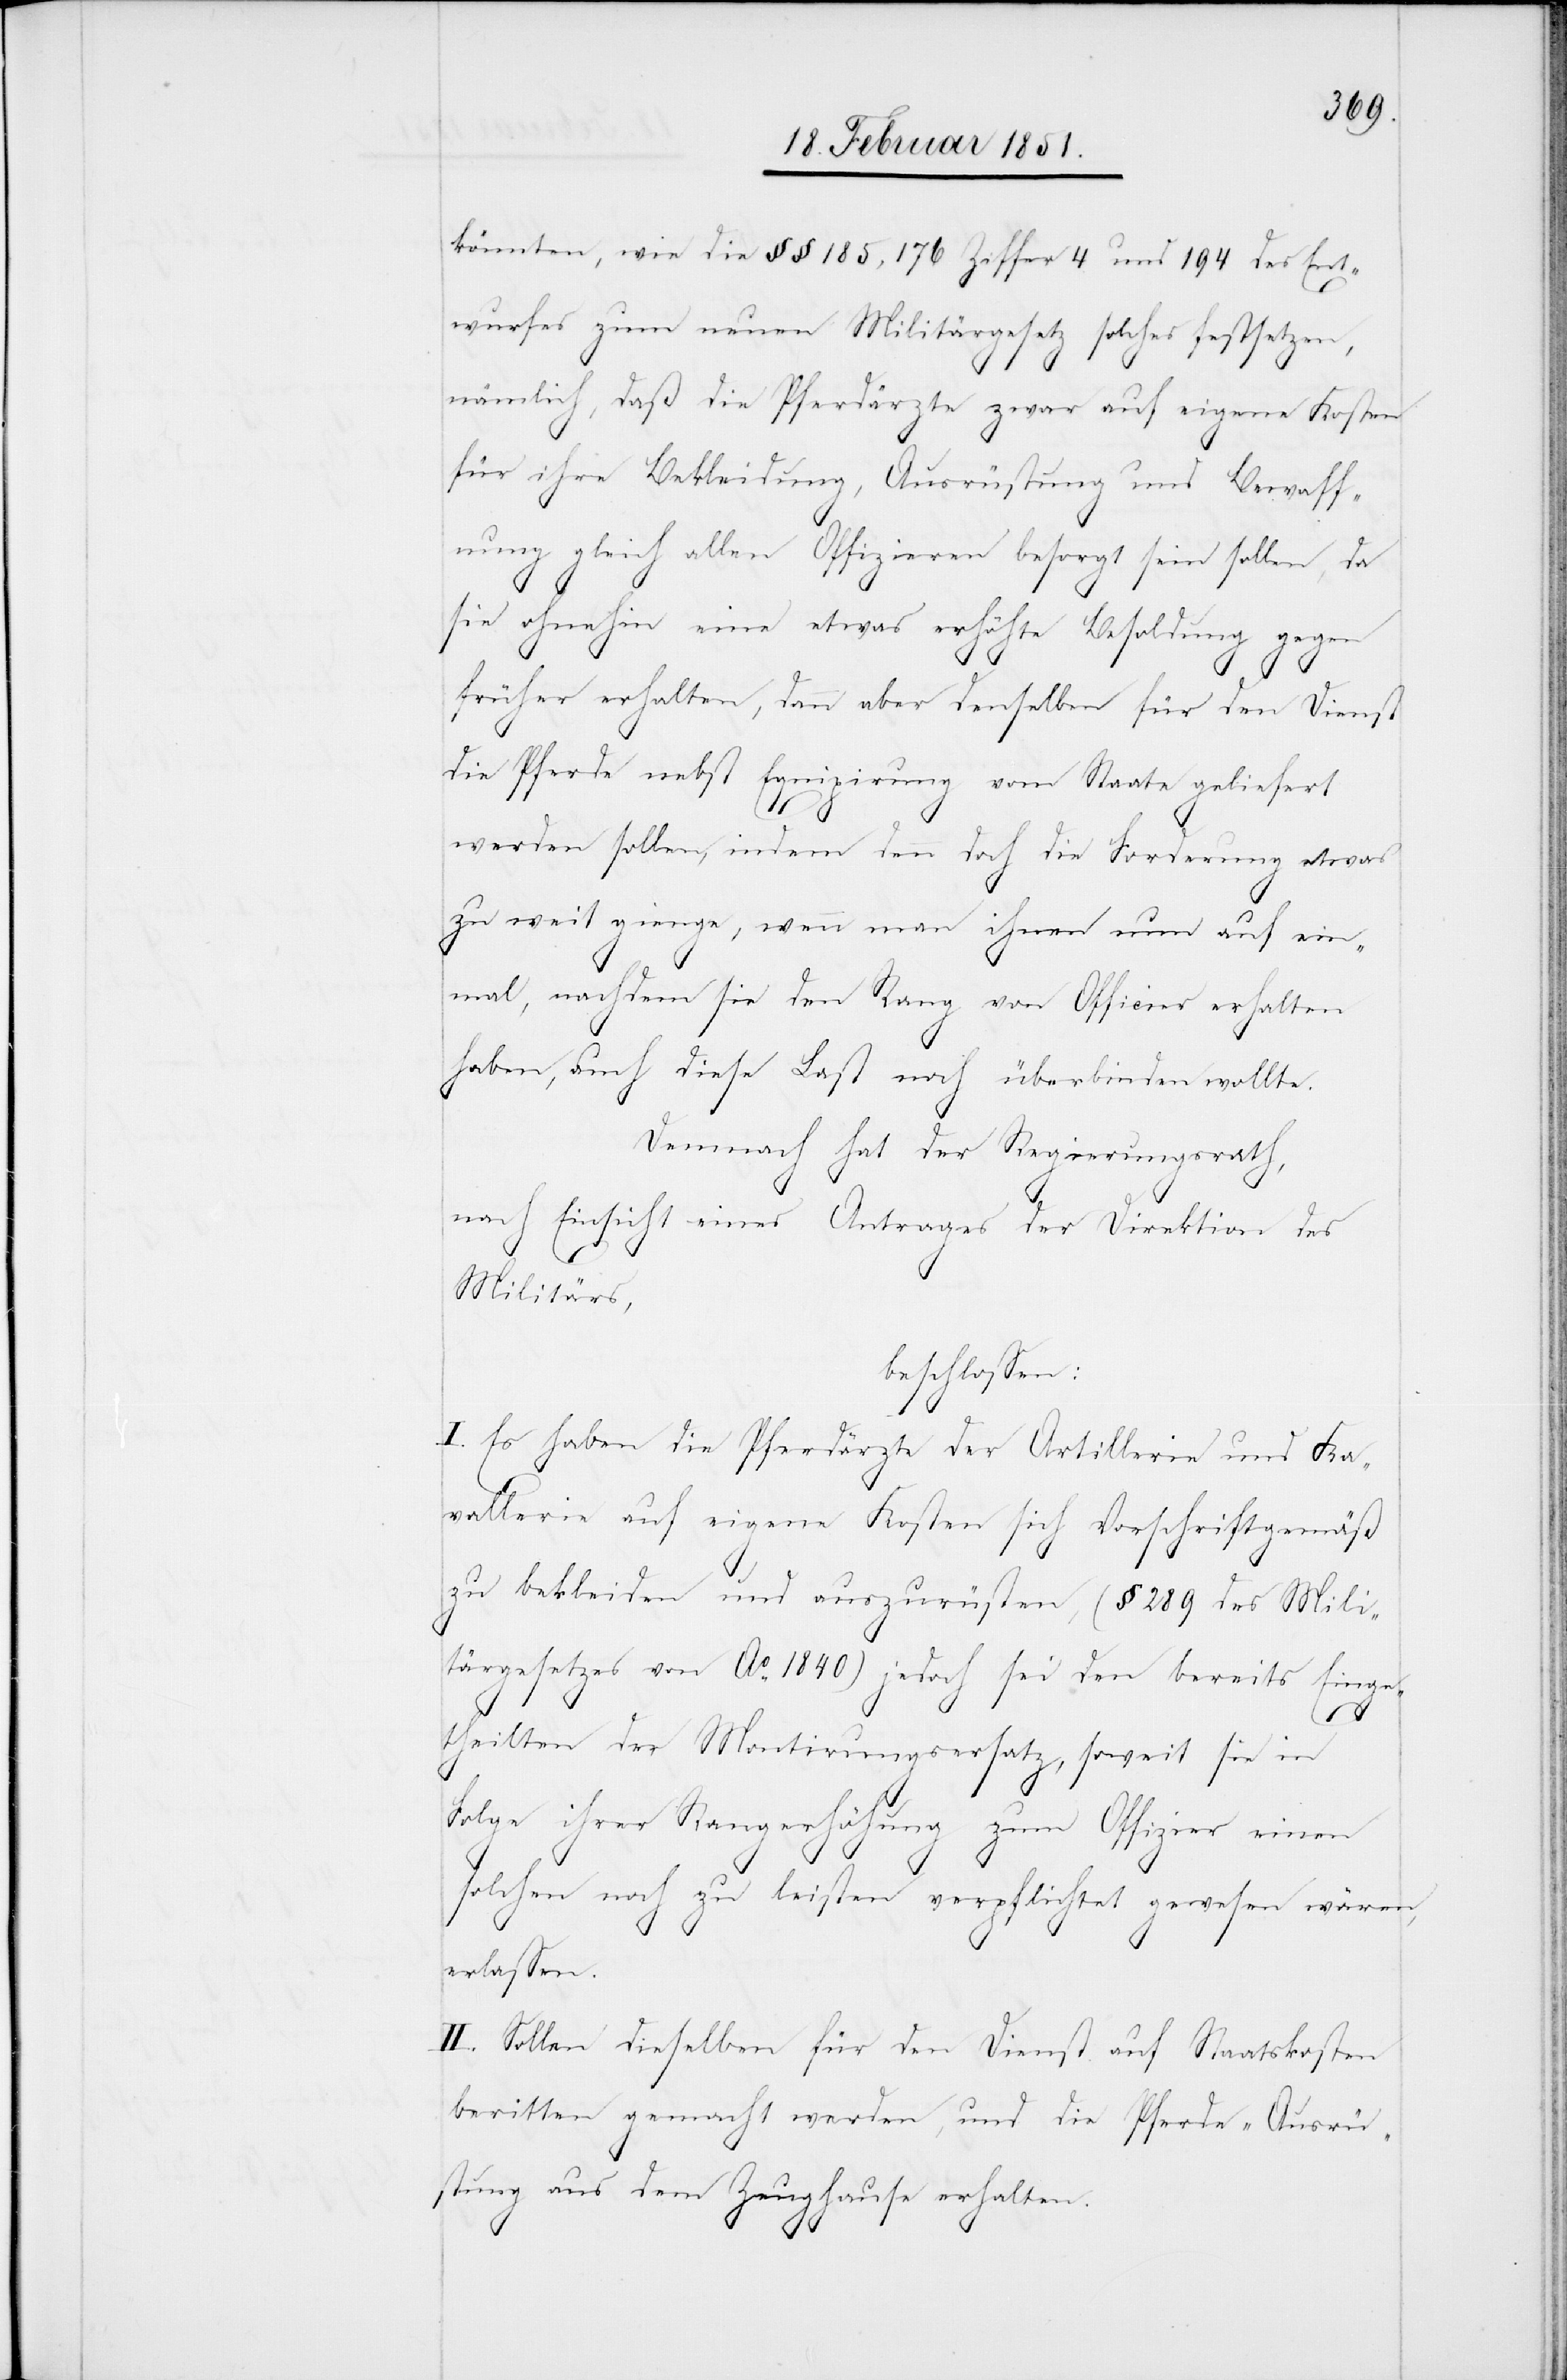
könnten, wie die §§ 185, 176 Ziffer 4 und 194 des Ent¬
wurfes zum neuen Militärgesetz solches festsetzen,
nämlich, daß die Pferdärzte zwar auf eigene Kosten
für ihre Bekleidung, Ausrüstung und Bewaff¬
nung gleich allen Offizieren besorgt sein sollen, da
sie ohnehin eine etwas erhöhte Besoldung gegen
früher erhalten, dann aber denselben für den Dienst
die Pferde nebst Equipirung vom Staate geliefert
werden sollen, indem denn doch die Forderung etwas
zu weit gienge, wenn man ihnen nun auf ein¬
mal, nachdem sie den Rang von Officier[en] erhalten
haben, auch diese Last noch überbinden wollte.
Demnach hat der Regierungsrath,
nach Einsicht eines Antrages der Direktion des
Militärs,
beschlossen:
I. Es haben die Pferdärzte der Artillerie und Ka¬
vallerie auf eigene Kosten sich Vorschriftgemäß
zu bekleiden und auszurüsten, (§ 289 des Mili¬
tärgesetzes von Ao. 1840) jedoch sei den bereits Einge¬
theilten der Montirungsersatz, soweit sie in
Folge ihrer Rangerhöhung zum Offizier einen
solchen noch zu leisten verpflichtet gewesen wären,
erlassen.
II. Sollen dieselben für den Dienst auf Staatskosten
beritten gemacht werden, und die Pferde-Ausrü¬
stung aus dem Zeughause erhalten.